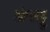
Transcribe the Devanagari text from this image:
अंपाट्टु